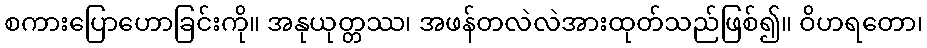
စကားပြောဟောခြင်းကို။ အနုယုတ္တဿ၊ အဖန်တလဲလဲအားထုတ်သည်ဖြစ်၍။ ဝိဟရတော၊